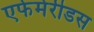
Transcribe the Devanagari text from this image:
एफेमेरीडस